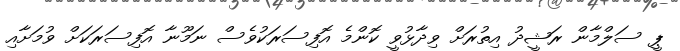
ޕީ ސަލްމާން ރަޝީދު އިތުރަށް ވިދާޅުވީ ކޮންމެ އޮފިސަރަކުވެސް ނަމޫނާ އޮފިސަރަކަށް ވުމަށާއި